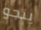
ينجو